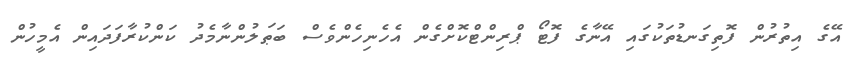
އޭގެ އިތުރުން ފޮތިގަނޑުތަކުގައި އޭނާގެ ފޮޓޯ ޕްރިންޓްކޮށްގެން އެހެނިހެންވެސް ބަޠަލުންނާމެދު ކަންކުރާފަދައިން އެމީހުން